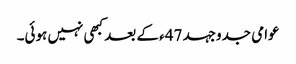
عوامی جدوجہد 47ء کے بعد کبھی نہیں ہوئی۔